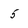
Character: 5